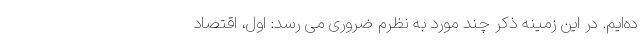
ده‌ایم‌. در این زمینه ذکر چند مورد به نظرم ضروری می رسد: اول، اقتصاد